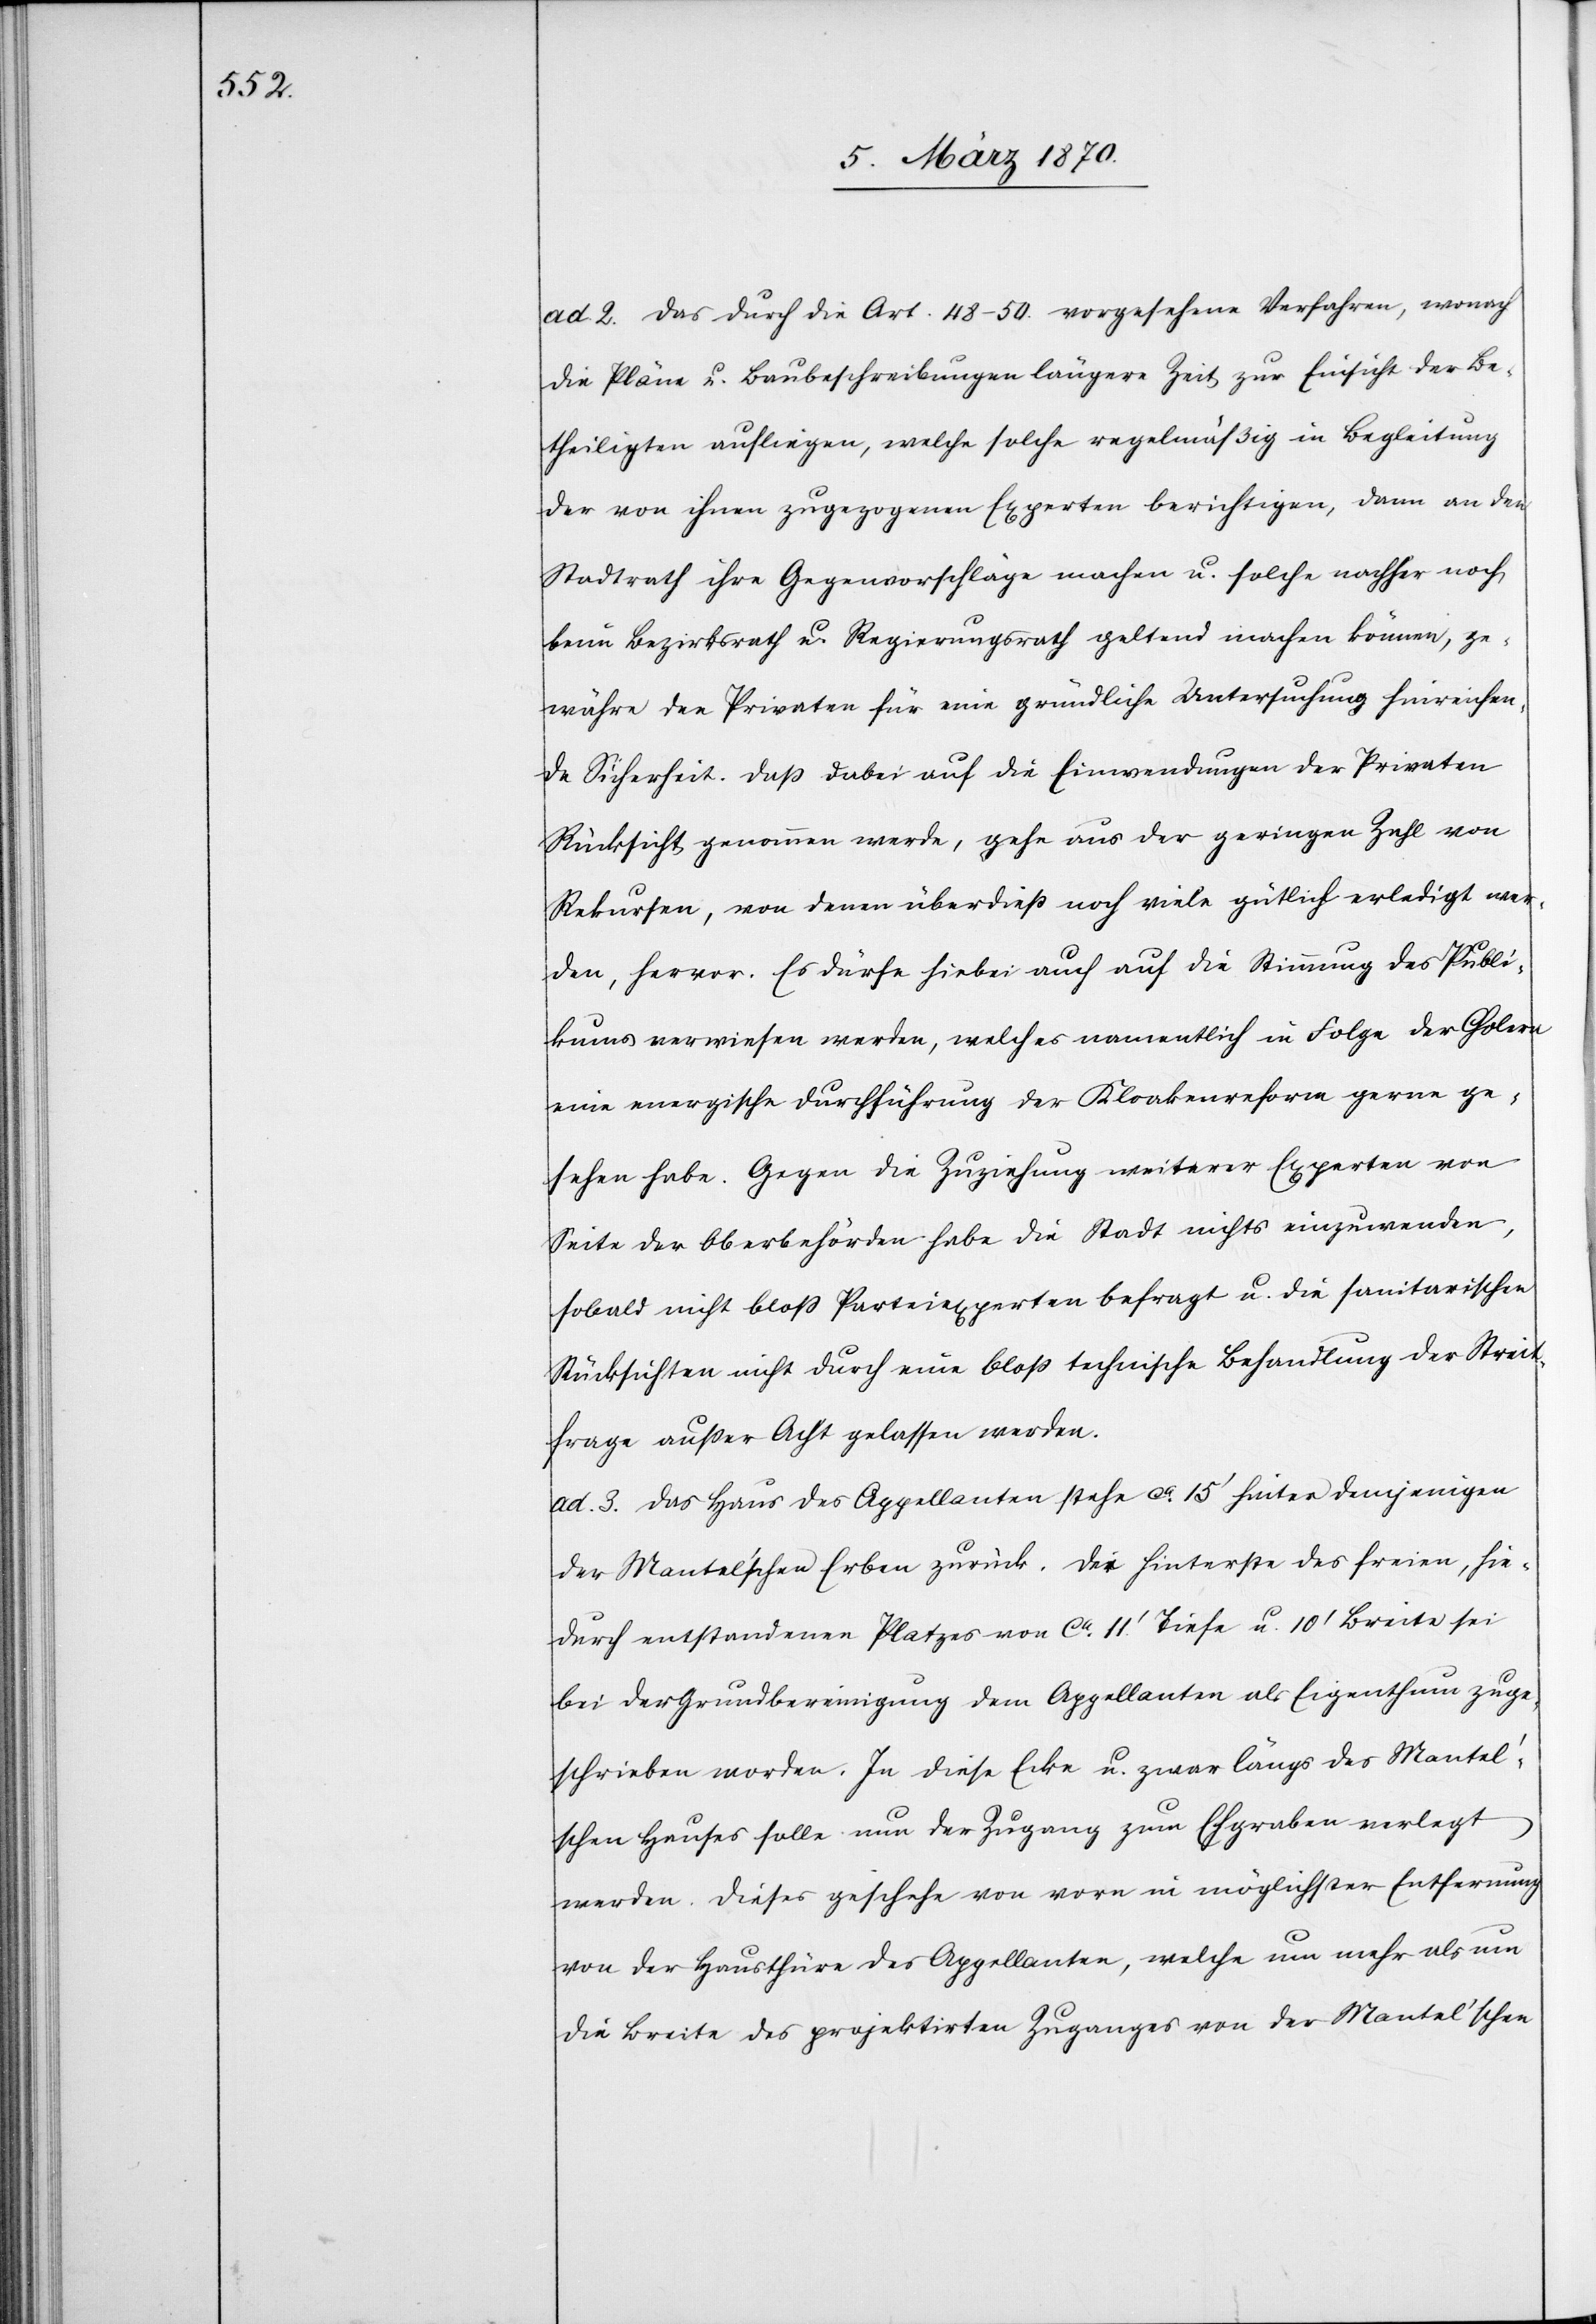
ad. 2. Das durch die Art. 48–50. vorgesehene Verfahren, wonach
die Pläne u. Baubeschreibungen längere Zeit zur Einsicht der Be¬
theiligten aufliegen, welche solche regelmäßig in Begleitung
der von ihnen zugezogenen Experten berichtigen [?besichtigen], dann
Stadtrath ihre Gegenvorschläge machen u. solche nachher noch
beim Bezirksrath u. Regierungsrath geltend machen können, ge¬
währe den Privaten für eine gründliche Untersuchung hinreichen¬
de Sicherheit. Daß dabei auf die Einwendungen der Privaten
Rücksicht genommen werde, gehe aus der geringen Zahl von
Rekursen, von denen überdieß noch viele gütlich erledigt wer¬
den, hervor. Es dürfe hiebei auch auf die Stimmung des Publi¬
kums verwiesen werden, welches namentlich in Folge der Cholera
eine energische Durchführung der Kloakenreform gerne ge¬
sehen habe. Gegen die Zuziehung weiterer Experten von
Seite der Oberbehörden habe die Stadt nichts einzuwenden,
sobald nicht bloß Parteiexperten befragt u. die sanitarischen
Rücksichten nicht durch eine bloß technische Behandlung der Streit¬
frage außer Acht gelassen werden.
ad. 3. Das Haus des Appellanten stehe ca. 15’ hinter demjenigen
der Mantel’schen Erben zurück. D[?er] hinterste des freien, hie¬
durch entstandenen Platzes von ca. 11.’ Tiefe u. 10’ Breite sei
bei der Grundbereinigung dem Appellanten als Eigenthum zuge¬
schrieben worden. In diese Ecke u. zwar längs des Mantel’s¬
chen Hauses solle nun der Zugang zum Ehgraben verlegt
werden. Dieses geschehe von vorn in möglichster Entfernung
von der Hausthüre des Appellanten, welche um mehr als um
die Breite des projektirten Zuganges von der Mantel’schen